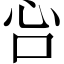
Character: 吢